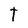
Character: t